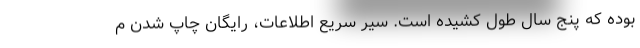
بوده که پنج سال طول کشیده است. سیر سریع اطلاعات، رایگان چاپ شدن م